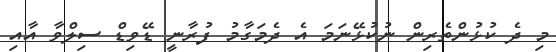
މި ދެ ކުޅުންތެރިން ނުކުޅޭނަމަ އެ ދެމަގާމު ފުރާނީ ޑޭވިޑް ސިލްވާ އާއި